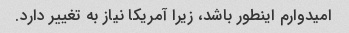
امیدوارم اینطور باشد، زیرا آمریکا نیاز به تغییر دارد.